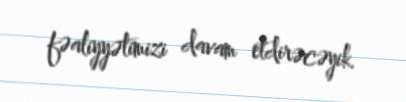
fəaliyyətimizi davam etdirəcəyik.